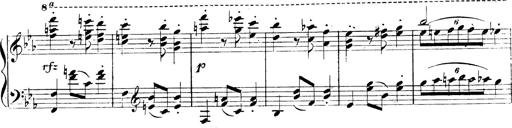
Title: 3 Caprices-Valses
Composer: Franz Liszt